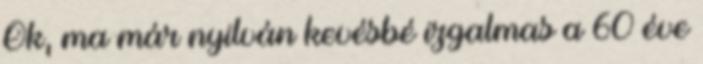
Ok, ma már nyilván kevésbé izgalmas a 60 éve